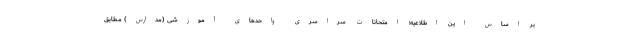
بر اساس این اطلاعیه؛ امتحانات سراسری واحدهای آموزشی (مدارس) مطابق